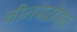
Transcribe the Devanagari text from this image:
चीनपाठोपाठ